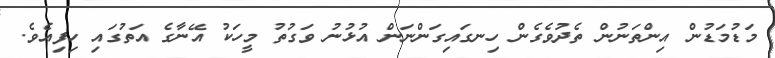
މަޑުމަޑުން އިންތަނުން ތެދުވެގެން ހިނގައިގަންނަން އުޅުނު ވަގުތު މީހަކު އޭނާގެ އަތުގައި ހިފިއެވެ.